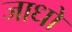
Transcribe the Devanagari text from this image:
जाधो